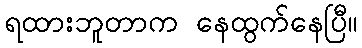
ရထားဘူတာက နေထွက်နေပြီ။